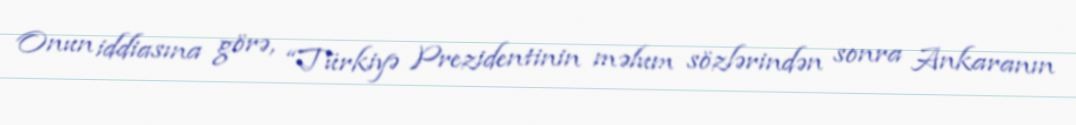
Onun iddiasına görə, “Türkiyə Prezidentinin məlum sözlərindən sonra Ankaranın